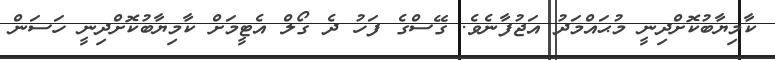
ކާމިޔާބުކޮށްދިނީ މުޙައްމަދު އަޖުފާނެވެ. ގޭސްގެ ފަހު ދެ ގޯލް އެޓީމަށް ކާމިޔާބުކޮށްދިނީ ހަސަން